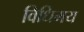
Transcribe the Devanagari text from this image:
विधिमय